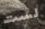
لست